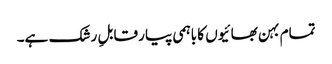
تمام بہن بھائیوں کا باہمی پیار قابلِ رشک ہے۔